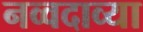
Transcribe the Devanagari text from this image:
नव्वदाव्या